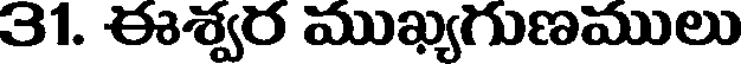
31. ఈశ్వర ముఖ్యగుణములు